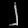
Digit: ၂